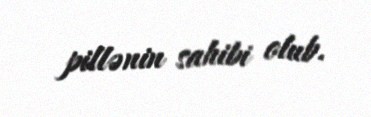
pillənin sahibi olub.